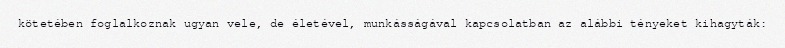
kötetében foglalkoznak ugyan vele, de életével, munkásságával kapcsolatban az alábbi tényeket kihagyták: